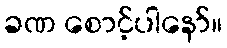
ခဏ စောင့်ပါနော်။